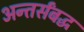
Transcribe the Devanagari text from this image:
अन्तर्संबद्ध